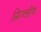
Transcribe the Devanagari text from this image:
ग्रिज्लीज